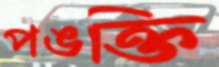
পঙক্তি